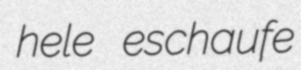
hele eschaufe